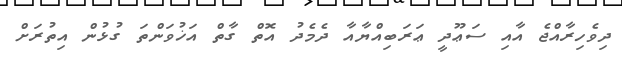
ދިވެހިރާއްޖެ އާއި ސަޢޫދީ ޢަރަބިއްޔާއާ ދެމެދު އޮތް ގާތް އަޚުވަންތަ ގުޅުން އިތުރަށް